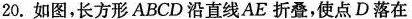
20.如图，长方形ABCD沿直线AE折叠，使点D落在